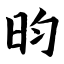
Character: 昀